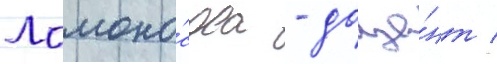
Ломоно́сова - доце́нт /